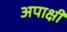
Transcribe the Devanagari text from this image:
अपाक्षी